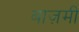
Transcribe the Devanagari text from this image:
बाज़मी